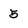
Character: 5